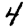
Digit: 4